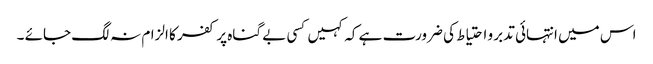
اس میں انتہائی تدبر و احتیاط کی ضرورت ہے کہ کہیں کسی بے گناہ پر کفر کا الزام نہ لگ جائے ۔